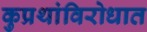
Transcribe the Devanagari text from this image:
कुप्रथांविरोधात